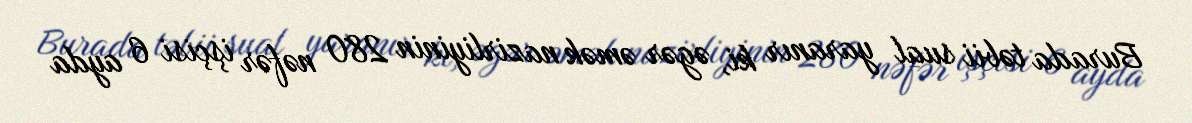
Burada təbii sual yaranır ki, əgər əmək nazirliyinin 280 nəfər işçisi 6 ayda